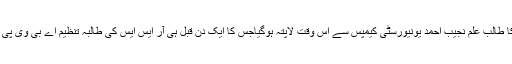
اکٹوبر 15سے 27سالہ ایم ایس سی سال اول کا طالب علم نجیب احمد یونیورسٹی کیمپس سے اس وقت لاپتہ ہوگیاجس کا ایک دن قبل ہی آر ایس ایس کی طالبہ تنظیم اے بی وی پی کے کارکنوں سے مدبھیڑ کا واقعہ پیش آیاتھا۔